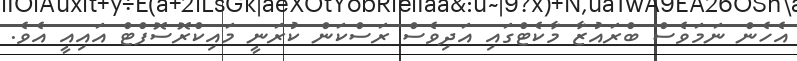
އެހެން ނަމަވެސް ބްރައުޒާ މާކެޓްގައި އަދިވެސް ރަސްކަން ކުރަނީ މައިކްރޮސޮފްޓް އައިއީ އެވެ.